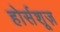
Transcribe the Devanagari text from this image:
होर्सशूज़